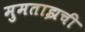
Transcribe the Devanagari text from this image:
मुमताझची